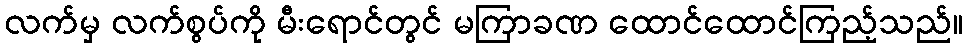
လက်မှ လက်စွပ်ကို မီးရောင်တွင် မကြာခဏ ထောင်ထောင်ကြည့်သည်။